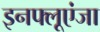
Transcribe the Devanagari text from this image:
इनफ्लूएंजा